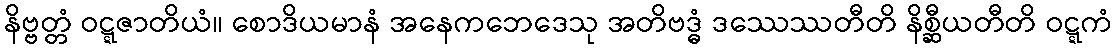
နိဗ္ဗတ္တံ ဝဋ္ဋဇာတိယံ။ စောဒိယမာနံ အနေကဘေဒေသု အတိဗဒ္ဓံ ဒဿေဿတီတိ နိစ္ဆီယတီတိ ဝဋ္ဋကံ